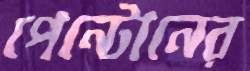
পেন্টোনের